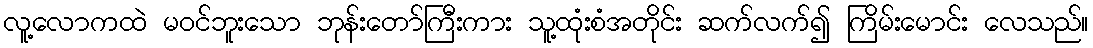
လူ့လောကထဲ မဝင်ဘူးသော ဘုန်းတော်ကြီးကား သူ့ထုံးစံအတိုင်း ဆက်လက်၍ ကြိမ်းမောင်း လေသည်။